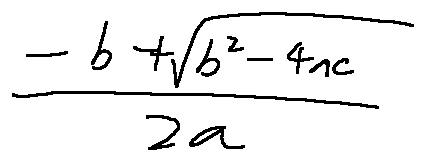
\frac { - b + \sqrt { b ^ { 2 } - 4 a c } } { 2 a }